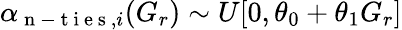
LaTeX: \begin{array}{r}{\alpha_{\mathrm{~n~-~t~i~e~s~},i}(G_{r})\sim U[0,\theta_{0}+\theta_{1}G_{r}]}\end{array}